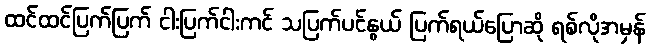
ထင်ထင်ပြက်ပြက် ငါးပြက်ငါးကင် သပြက်ပင်နွယ် ပြက်ရယ်ပြောဆို ရစ်လိုအမှန်